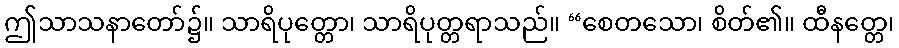
ဤသာသနာတော်၌။ သာရိပုတ္တော၊ သာရိပုတ္တရာသည်။ “စေတသော၊ စိတ်၏။ ထီနတ္တေ၊